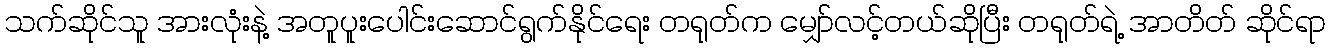
သက်ဆိုင်သူ အားလုံးနဲ့ အတူပူးပေါင်းဆောင်ရွက်နိုင်ရေး တရုတ်က မျှော်လင့်တယ်ဆိုပြီး တရုတ်ရဲ့ အာတိတ် ဆိုင်ရာ